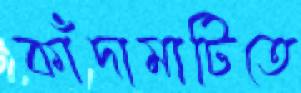
কাঁদামাটিতে